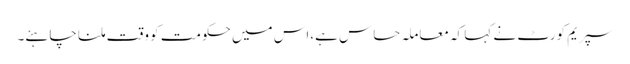
سپریم کورٹ نے کہا کہ معاملہ حساس ہے،اس میں حکومت کو وقت ملنا چاہئے۔